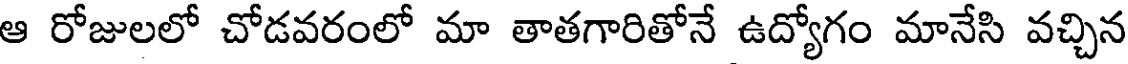
ఆ రోజులలో చోడవరంలో మా తాతగారితోనే ఉద్యోగం మానేసి వచ్చిన